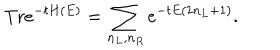
\mathrm { T r } e ^ { - t H ( E ) } = \sum _ { n _ { L } , n _ { R } } e ^ { - t E ( 2 n _ { L } + 1 ) } .